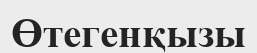
Өтегенқызы